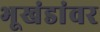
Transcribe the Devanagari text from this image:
भूखंडांवर